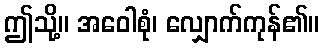
ဤသို့။ အဝေါစုံ၊ လျှောက်ကုန်၏။